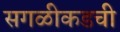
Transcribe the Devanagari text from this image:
सगळीकडची